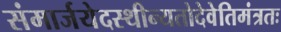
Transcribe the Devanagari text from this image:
संमार्जयेदस्थीन्यतोदेवेतिमंत्रतः